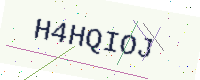
Text: H4HQIOJ